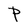
Character: P